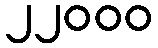
၂၂၀၀၀